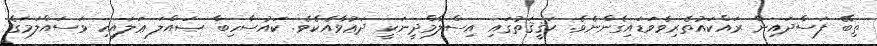
ތިބޭ ފަސާދައިން ރައްކައުތެރިވެވަޑައިގެންނެވެ. ޙަޤީޤަތުގައި އިސްލާމްދީނަކީ ދަޢުވާއެކެވެ. ކައުސާހިބާ ޞައްލަ ޢަލައިހި ވަސައްލަމަގެ